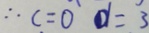
\therefore c = 0 d = 3